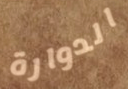
الدوارة